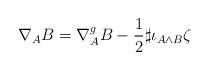
LaTeX: \begin{align*} \nabla_A B = \nabla_A^{g} B - \frac{1}{2} \sharp \iota_{A \wedge B} \zeta \end{align*}